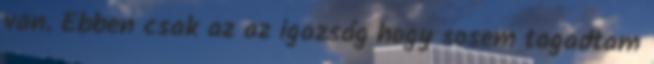
van. Ebben csak az az igazság hogy sosem tagadtam